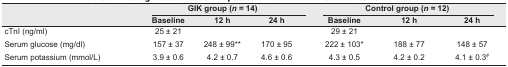
<table><thead><tr><td></td><td colspan="3"><b>GIK group (<i>n</i> = 14)</b></td><td colspan="3"><b>Control group (<i>n</i> = 12)</b></td></tr><tr><td></td><td><b>Baseline</b></td><td><b>12 h</b></td><td><b>24 h</b></td><td><b>Baseline</b></td><td><b>12 h</b></td><td><b>24 h</b></td></tr></thead><tbody><tr><td>cTnI (ng/ml)</td><td>25 ± 21</td><td></td><td></td><td>29 ± 21</td><td></td><td></td></tr><tr><td>Serum glucose (mg/dl)</td><td>157 ± 37</td><td>2 48 ± 99**</td><td>170 ± 95</td><td>22 2 ± 10 3*</td><td>188 ± 77</td><td>148 ± 57</td></tr><tr><td>Serum potassium (mmol/L)</td><td>3.9 ± 0.6</td><td>4.2 ± 0.7</td><td>4.6 ± 0.6</td><td>4.3 ± 0.5</td><td>4.2 ± 0.2</td><td>4.1 ± 0.3#</td></tr></tbody></table>